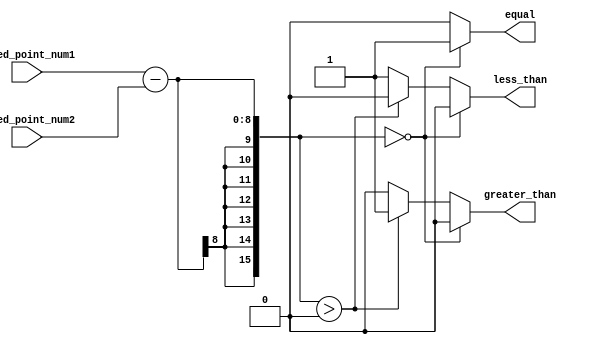
module fixed_point_comparator (
    input [7:0] fixed_point_num1,
    input [7:0] fixed_point_num2,
    output reg equal,
    output reg greater_than,
    output reg less_than
);

reg [15:0] difference;

always @ (fixed_point_num1, fixed_point_num2) begin
    difference = fixed_point_num1 - fixed_point_num2;
    
    if (difference == 0) begin
        equal = 1;
        greater_than = 0;
        less_than = 0;
    end
    else if (difference > 0) begin
        equal = 0;
        greater_than = 1;
        less_than = 0;
    end
    else begin
        equal = 0;
        greater_than = 0;
        less_than = 1;
    end
end

endmodule